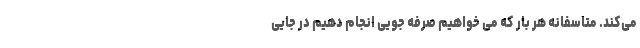
می‌کند. متاسفانه هر بار که می خواهیم صرفه جویی انجام دهیم در جایی